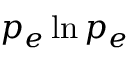
p _ { e } \ln p _ { e }